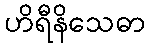
ဟိရီနိသေဓာ